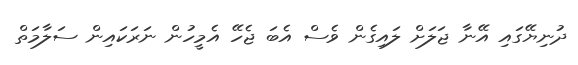
ދުނިޔޭގައި އޭނާ ޖަލަށް ލައިގެން ވެސް އެބަ ޖެހޭ އެމީހުން ނަރަކައިން ސަލާމަތް